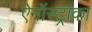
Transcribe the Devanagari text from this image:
ऐनॉस्ट्राका